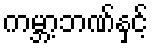
ကမ္ဘာ့ဘဏ်နှင့်